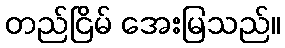
တည်ငြိမ် အေးမြသည်။